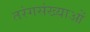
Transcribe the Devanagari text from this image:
तरंगसंख्याओं